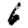
Digit: 6